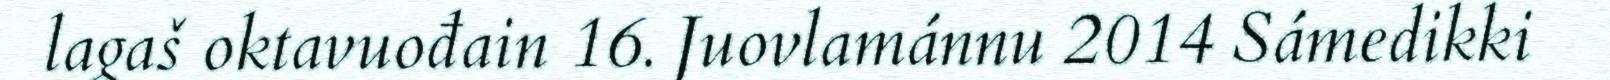
lagaš oktavuođain 16. Juovlamánnu 2014 Sámedikki